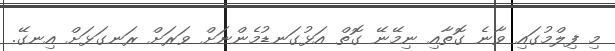
މި ފިލްމުގައި ވާނެ ގޮތާއި ނިމޭނޭ ގޮތް އަޅުގަނޑުމެންނަށް ވަރަށް ރަނގަޅަށް އިނގޭ.